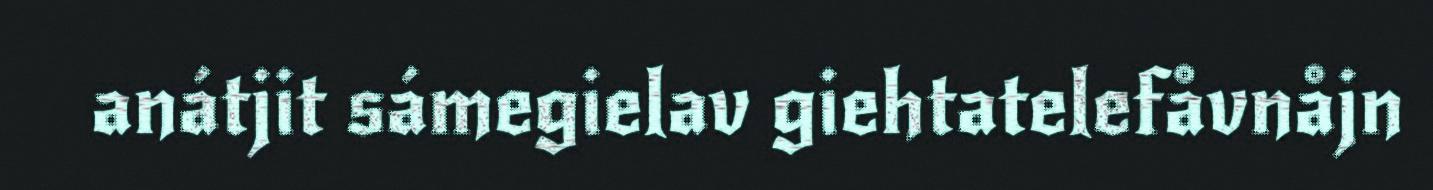
anátjit sámegielav giehtatelefåvnåjn